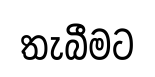
තැබීමට